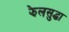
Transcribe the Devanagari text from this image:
झेलसुद्धा